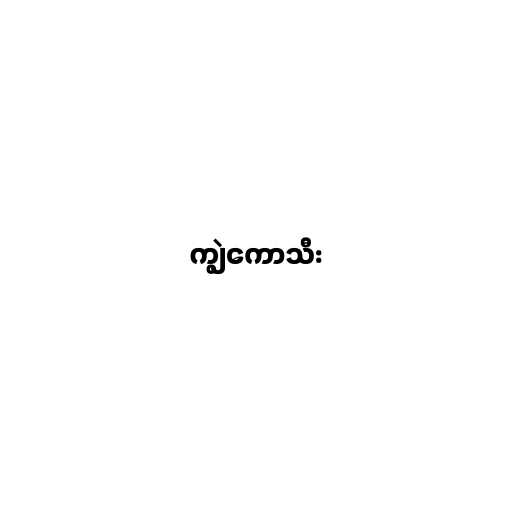
ကျွဲကောသီး